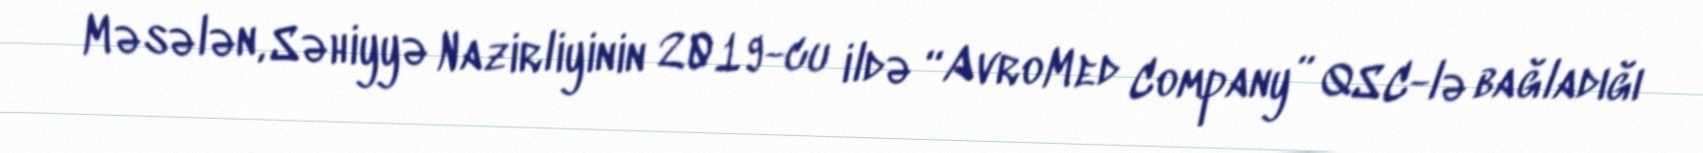
Məsələn, Səhiyyə Nazirliyinin 2019-cu ildə “AvroMed Company” QSC-lə bağladığı